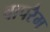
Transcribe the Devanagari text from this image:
वापरैम